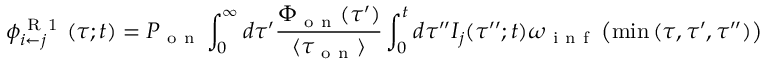
\phi _ { i \leftarrow j } ^ { \mathrm { ~ R ~ 1 ~ } } ( \tau ; t ) = P _ { \mathrm { ~ o ~ n ~ } } \int _ { 0 } ^ { \infty } d \tau ^ { \prime } \frac { \Phi _ { \mathrm { ~ o ~ n ~ } } ( \tau ^ { \prime } ) } { \langle \tau _ { \mathrm { ~ o ~ n ~ } } \rangle } \int _ { 0 } ^ { t } d \tau ^ { \prime \prime } I _ { j } ( \tau ^ { \prime \prime } ; t ) \omega _ { \mathrm { ~ i ~ n ~ f ~ } } \left( \operatorname* { m i n } { ( \tau , \tau ^ { \prime } , \tau ^ { \prime \prime } ) } \right)